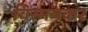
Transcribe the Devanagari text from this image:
विस्मयकर